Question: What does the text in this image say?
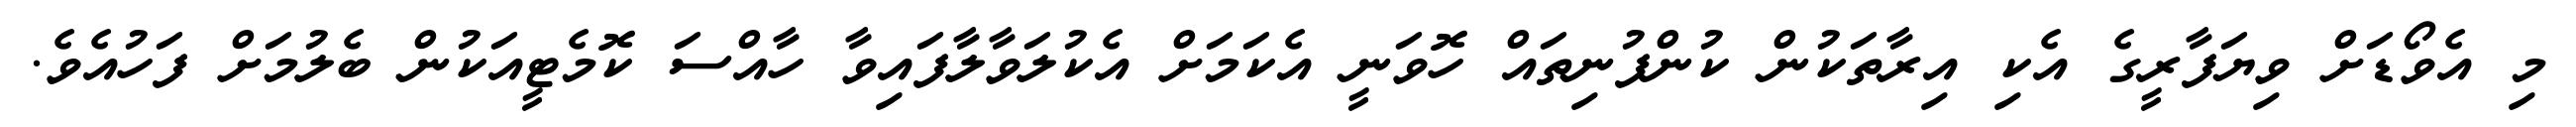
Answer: މި އެވޯޑަށް ވިޔަފާރީގެ އެކި އިރާތަކުން ކުންފުނިތައް ހޮވަނީ އެކަމަށް އެކުލަވާލާފައިވާ ހާއްސަ ކޮމެޓީއަކުން ބެލުމަށް ފަހުއެވެ.